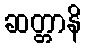
ဆတ္တာနိ